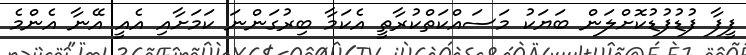
ފީފާ ފުޑުފުޑުކޮށްލަން ބަޔަކު މަސައްކަތްކުރާތީ އެކަމާ ބިރުގަންނަ ކަމަށާއި އެއީ އޭނާ އެންމެ